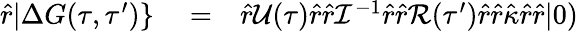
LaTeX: \begin{array}{rlr}{\hat{r}|\Delta G(\tau,\tau^{\prime})\} }&{{}=}&{\hat{r}\mathcal{U}(\tau)\hat{r}\hat{r}\mathcal{I}^{-1}\hat{r}\hat{r}\mathcal{R}(\tau^{\prime})\hat{r}\hat{r}\hat{\kappa}\hat{r}\hat{r}|0)}\end{array}